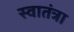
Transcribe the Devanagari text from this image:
स्वातंत्रा